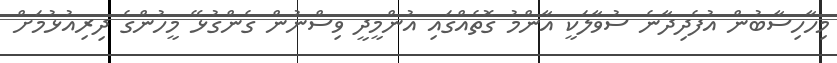
މިހާހިސާބުން އުފެދިދާނެ ސުވާލަކީ އާންމު ގޮތެއްގައި އުންމީދީ ވިސްނުން ގެންގުޅޭ މީހުންގެ ދިރިއުޅުމަށް